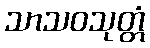
သာသဝသုတ္တံ